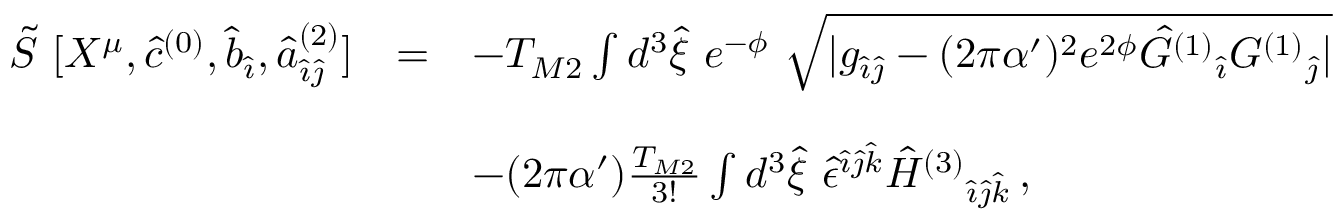
\begin{array} { r c l } { { \tilde { S } \ [ X ^ { \mu } , \hat { c } ^ { ( 0 ) } , \hat { b } _ { \hat { \imath } } , { \hat { a } } _ { \hat { \imath } \hat { \jmath } } ^ { ( 2 ) } ] } } & { { = } } & { { - T _ { M 2 } \int d ^ { 3 } \hat { \xi } \ e ^ { - \phi } \ \sqrt { | g _ { \hat { \imath } \hat { \jmath } } - ( 2 \pi \alpha ^ { \prime } ) ^ { 2 } e ^ { 2 \phi } \hat { \cal G } ^ { ( 1 ) } { } _ { \hat { \imath } } { \cal G } ^ { ( 1 ) } { } _ { \hat { \jmath } } | } } } \\ { { } } & { { } } & { { } } \\ { { } } & { { } } & { { - ( 2 \pi \alpha ^ { \prime } ) \frac { T _ { M 2 } } { 3 ! } \int d ^ { 3 } \hat { \xi } \ \hat { \epsilon } ^ { \hat { \imath } \hat { \jmath } \hat { k } } \hat { \cal H } ^ { ( 3 ) } { } _ { \hat { \imath } \hat { \jmath } \hat { k } } \, , } } \end{array}